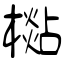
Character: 檆